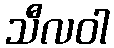
သီလဝါ